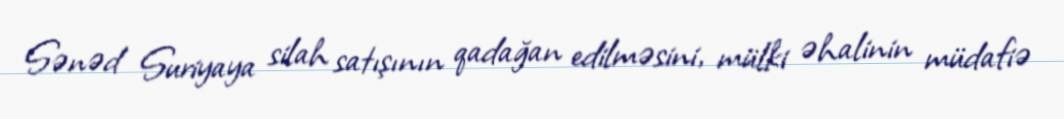
Sənəd Suriyaya silah satışının qadağan edilməsini, mülki əhalinin müdafiə